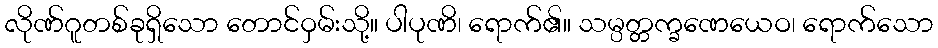
လိုဏ်ဂူတစ်ခုရှိသော တောင်ဝှမ်းသို့။ ပါပုဏိ၊ ရောက်၏။ သမ္ပတ္တက္ခဏေယေဝ၊ ရောက်သော